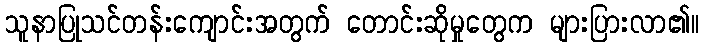
သူနာပြုသင်တန်းကျောင်းအတွက် တောင်းဆိုမှုတွေက များပြားလာ၏။